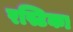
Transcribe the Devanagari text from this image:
रस्टिका